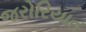
જરોરિયાત